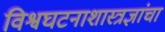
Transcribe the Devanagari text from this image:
विश्वघटनाशास्त्रज्ञांचा